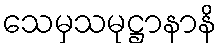
သေမှသမုဋ္ဌာနာနိ